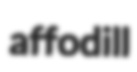
affodill